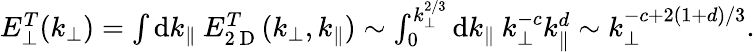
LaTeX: \begin{array}{r}{E_{\perp}^{T}(k_{\perp})=\int\mathrm{d}k_{\parallel}\: E_{2\mathrm{~D~}}^{T}(k_{\perp},k_{\parallel})\sim\int_{0}^{k_{\perp}^{2/3}}\mathrm{d}k_{\parallel}\: k_{\perp}^{-c}k_{\parallel}^{d}\sim k_{\perp}^{-c+2(1+d)/3}.}\end{array}